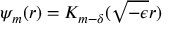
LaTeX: \psi _ { m } ( r ) = K _ { m - \delta } ( \sqrt { - \epsilon } r ) \,